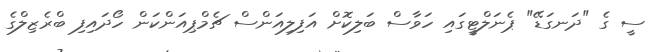
ސީ ގެ "ދަނގަޑޭ" ޕެނަލްޓީގައި ހަވާސް ބަލިކޮށް އަފިލިއަންސް ޗެމްޕިއަންކަން ހޯދައިފި ބްރެޒިލްގެ